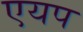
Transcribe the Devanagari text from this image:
एयप